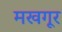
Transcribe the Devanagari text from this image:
मखगूर